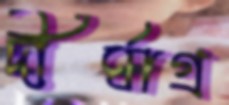
দীর্ঘাগ্র